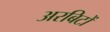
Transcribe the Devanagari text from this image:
अरबिटों